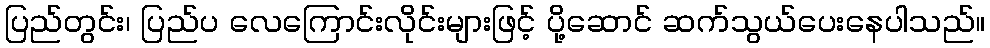
ပြည်တွင်း၊ ပြည်ပ လေကြောင်းလိုင်းများဖြင့် ပို့ဆောင် ဆက်သွယ်ပေးနေပါသည်။